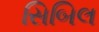
સિબિલ